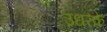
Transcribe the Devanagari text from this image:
उधरके